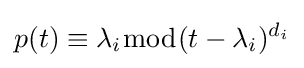
p(t)\equiv \lambda _{i}{\bmod {(}}t-\lambda _{i})^{d_{i}}